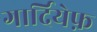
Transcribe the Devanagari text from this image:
गार्दियेफ़